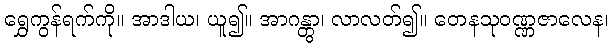
ရွှေကွန်ရက်ကို။ အာဒါယ၊ ယူ၍။ အာဂန္တွာ၊ လာလတ်၍။ တေနသုဝဏ္ဏဇာလေန၊